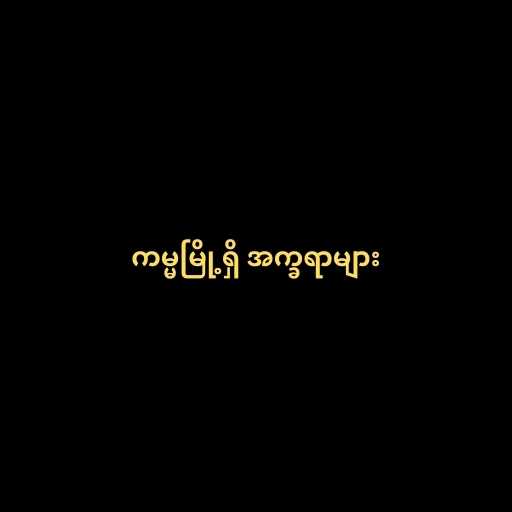
ကမ္မမြို့ရှိ အက္ခရာများ